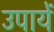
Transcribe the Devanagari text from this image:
उपायें